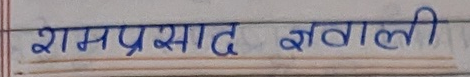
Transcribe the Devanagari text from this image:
रामप्रसाद सवाली